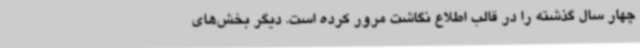
چهار سال گذشته را در قالب اطلاع نگاشت مرور کرده است. دیگر بخش‌های